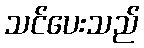
သင်ပေးသည်